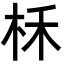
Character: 柇